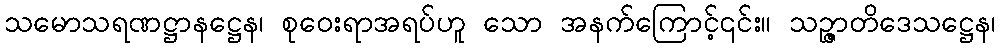
သမောသရဏဋ္ဌာနဋ္ဌေန၊ စုဝေးရာအရပ်ဟူ သော အနက်ကြောင့်၎င်း။ သဉ္ဇာတိဒေသဋ္ဌေန၊